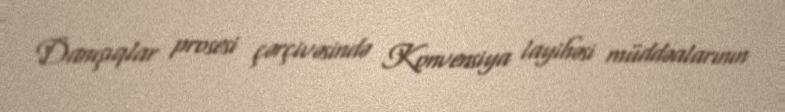
Danışıqlar prosesi çərçivəsində Konvensiya layihəsi müddəalarının